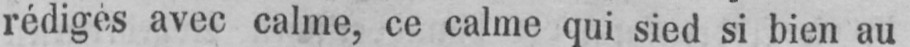
rédigés avec calme, ce calme qui sied si bien au